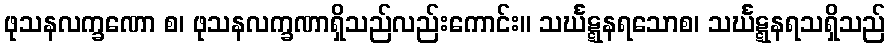
ဖုသနလက္ခဏော စ၊ ဖုသနလက္ခဏာရှိသည်လည်းကောင်း။ သင်္ဃဋ္ဋနရသောစ၊ သင်္ဃဋ္ဋနရသရှိသည်